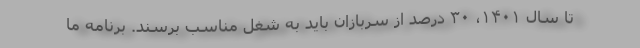
تا سال ۱۴۰۱، ۳۰ درصد از سربازان باید به شغل مناسب برسند. برنامه ما